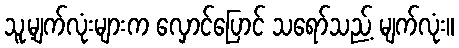
သူ့မျက်လုံးများက လှောင်ပြောင် သရော်သည့် မျက်လုံး။